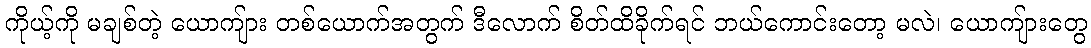
ကိုယ့်ကို မချစ်တဲ့ ယောကျ်ား တစ်ယောက်အတွက် ဒီလောက် စိတ်ထိခိုက်ရင် ဘယ်ကောင်းတော့ မလဲ၊ ယောကျ်ားတွေ